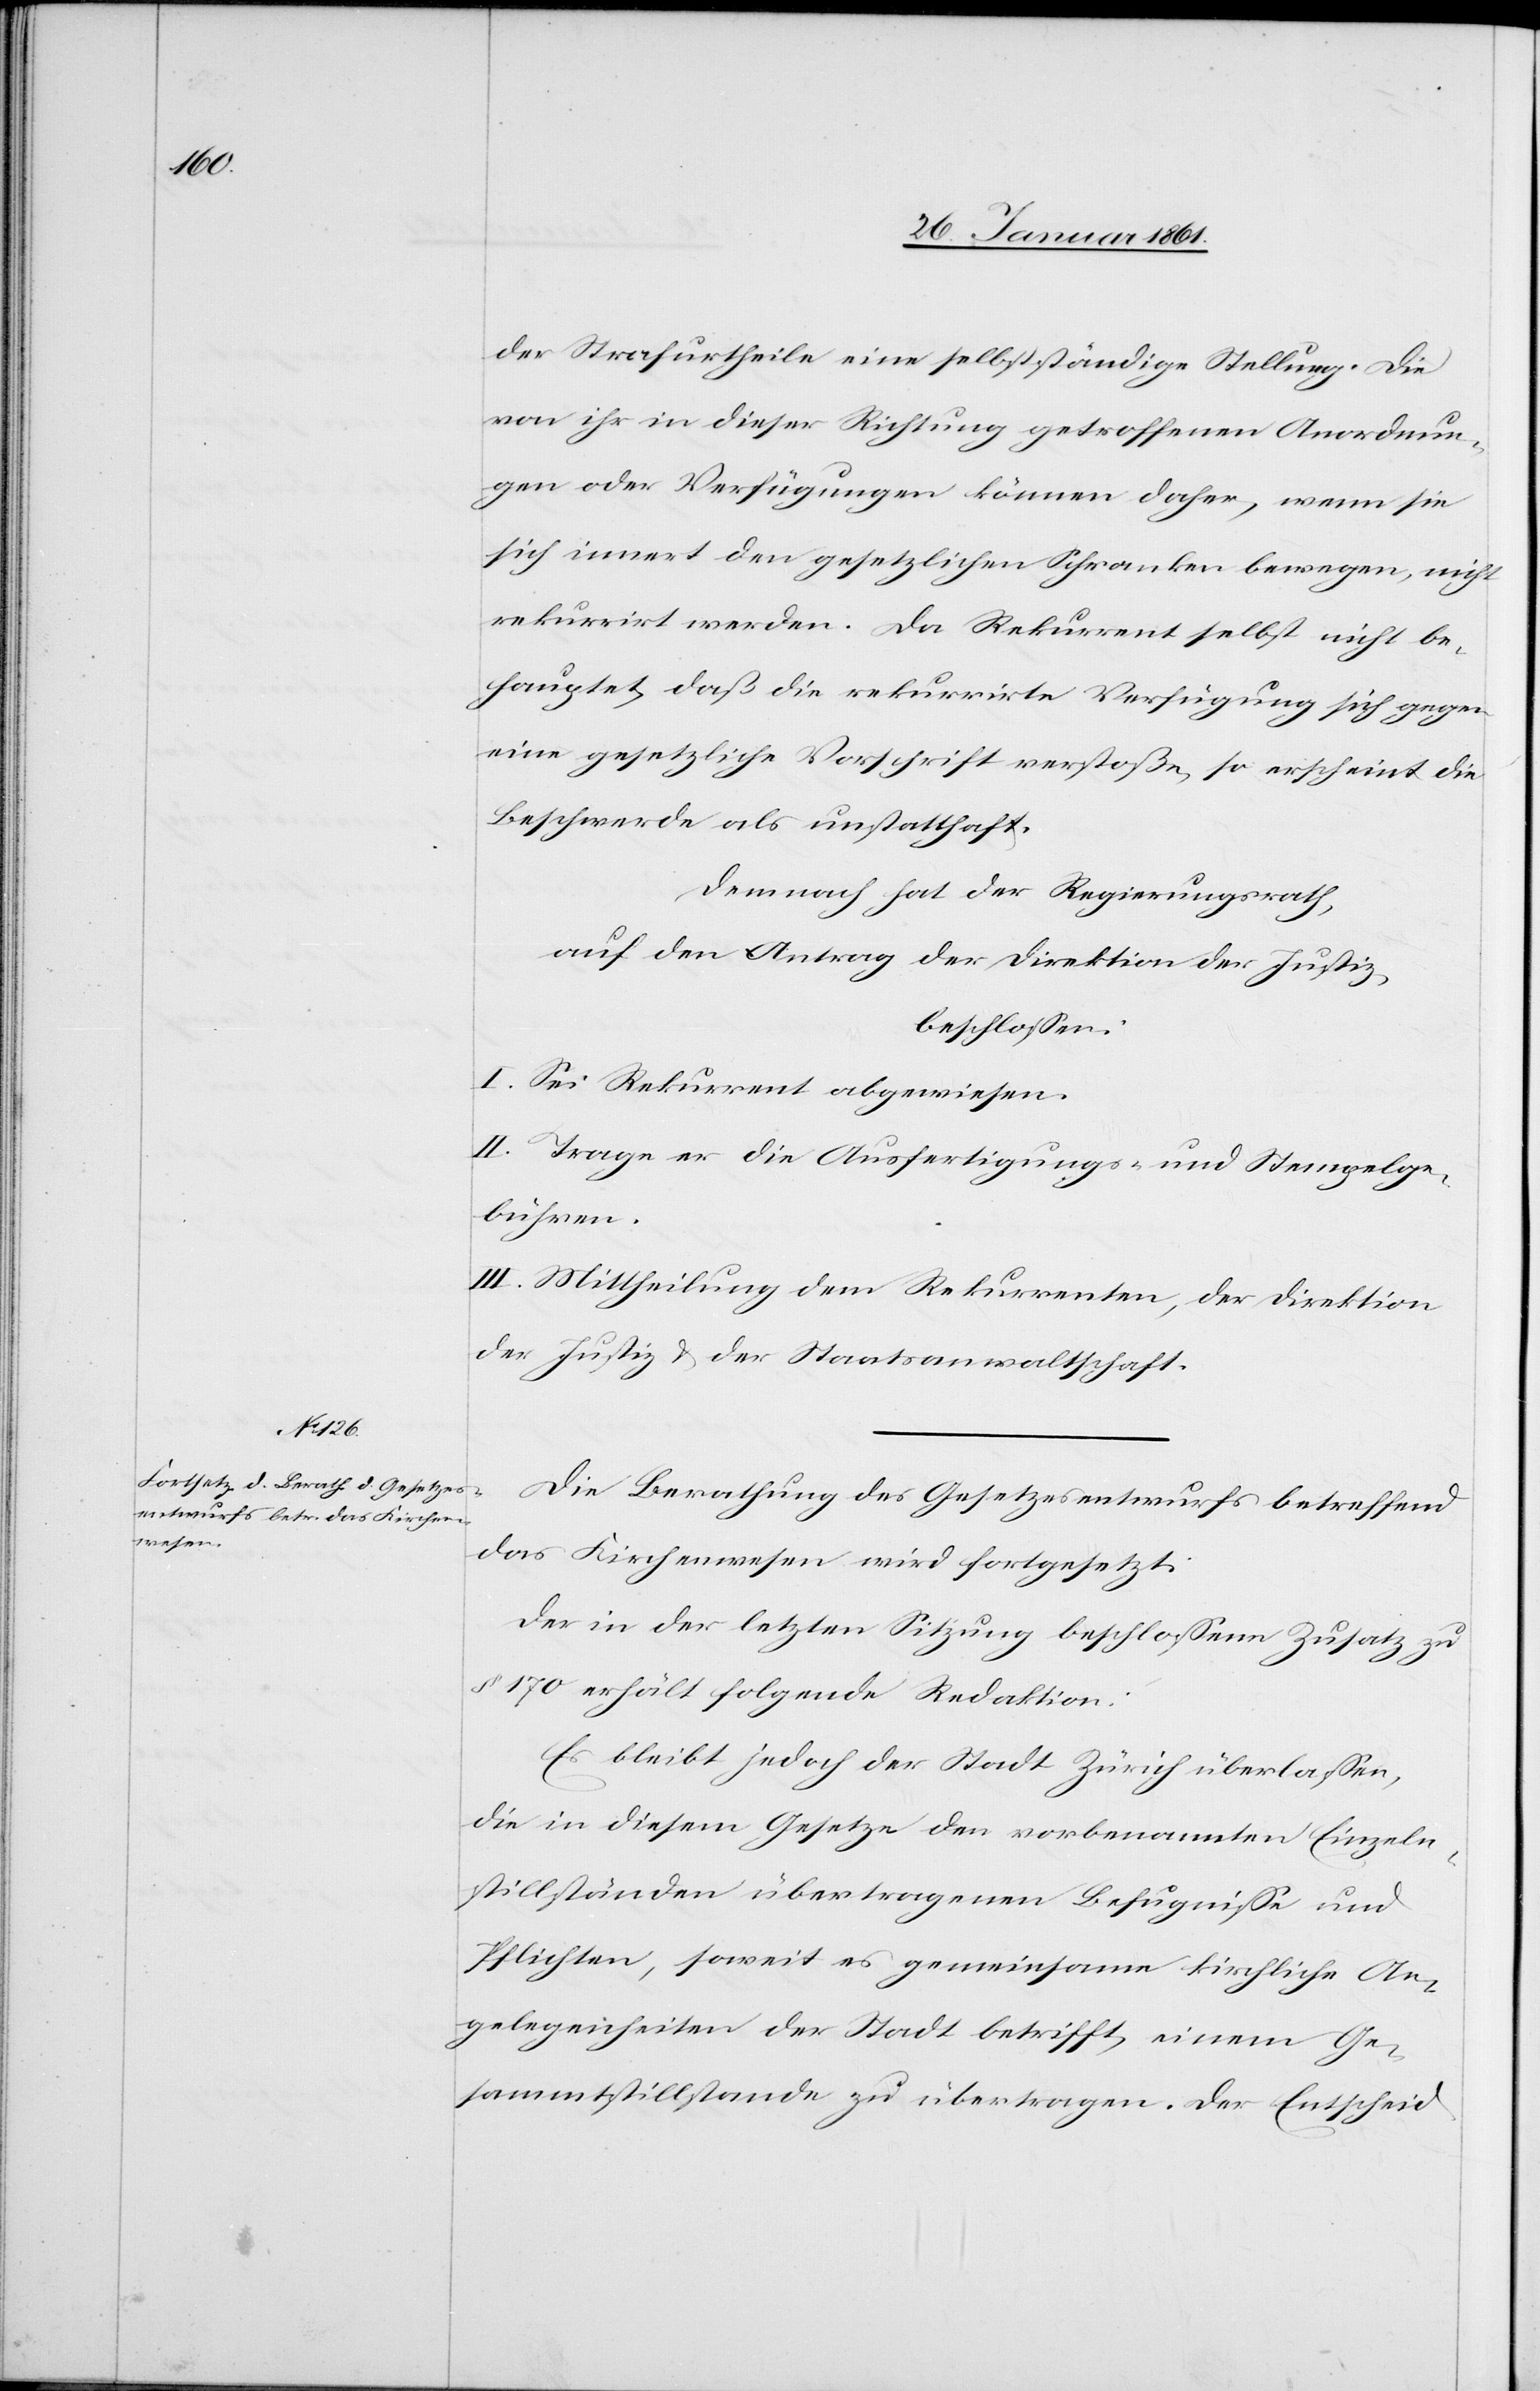
der Strafurtheile eine selbständige Stellung. Die
von ihr in dieser Richtung getroffenen Anordnun¬
gen oder Verfügungen können daher, wenn sie
sich innert den gesetzlichen Schranken bewegen, nicht
rekurrirt werden. Da Rekurrent selbst nicht be¬
hauptet, daß die rekurrirte Verfügung sich gegen
eine gesetzliche Vorschrift verstoße, so erscheint die
Beschwerde als unstatthaft.
Demnach hat der Regierungsrath,
auf den Antrag der Direktion der Justiz,
beschlossen:
I. Sei Rekurrent abgewiesen.
II. Trage er die Ausfertigungs- und Stempelge¬
bühren.
III. Mittheilung dem Rekurrenten, der Direktion
der Justiz u. der Staatsanwaltschaft.
Die Berathung des Gesetzesentwurfes betreffend
das Kirchenwesen wird fortgesetzt.
Der in der letzten Sitzung beschlossene Zusatz zu
§. 170 erhält folgende Redaktion:
Es bleibt jedoch der Stadt Zürich überlassen,
die in diesem Gesetze den vorbenannten Einzeln¬
stillständen übertragenen Befugnisse und
Pflichten, soweit es gemeinsame kirchliche An¬
gelegenheiten der Stadt betrifft, einem Ge¬
sammtstillstande zu übertragen. Der Entscheid